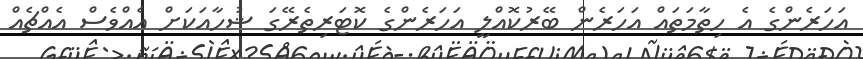
އަހަރެންގެ އެ ހިތާމަތައް އަހަރެން ބޭރުކޮއްލީ އަހަރެންގެ ކޮޓަރިތެރޭގަ ޝުހާއަކަށް އެއްވެސް އެއްޗެއް